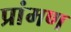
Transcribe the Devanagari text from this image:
प्रांमण